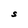
Character: S